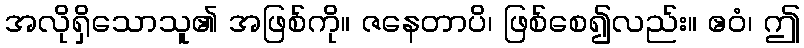
အလိုရှိသောသူ၏ အဖြစ်ကို။ ဇနေတာပိ၊ ဖြစ်စေ၍လည်း။ ဧဝံ၊ ဤ